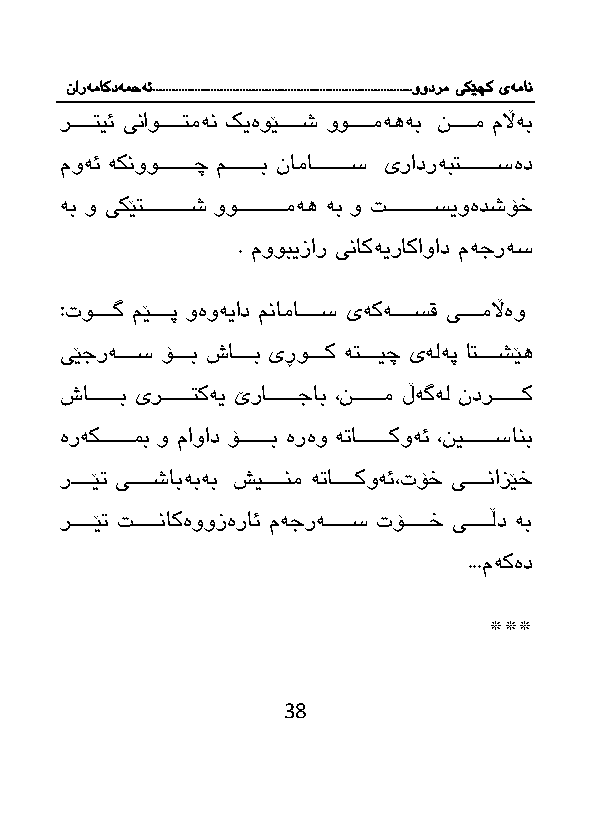
نارەماکدەمحە ئ.................................................................................وودرم یکێچک یەمان
 رااااااتیئ یناوااااااتمەن كیەوێااااااش وواااااامەهەب ناااااام مڵاەب
 موەئ ەكنووااااااااااچ مااااااااااب ناماااااااااااس یرادرەبتااااااااااسەد
 ەب و یكێتاااااااااااااش ووااااااااااااامەه ەب و اااااااااااااسیوەدشۆخ
 . مووبیزار یناكەیراكاواد مەجرەس
 :توااااااگ مێااااااپ وەوەیاد مناماااااااس یەكەااااااسق یاااااامڵاەو
 یێجرەاااااس ۆاااااب شااااااب یڕواااااك ەتااااایچ یەلەپ اتاااااشێه
 شاااااااااب یرااااااااتكەی ێراااااااااجاب ،ناااااااام ڵەگەل ندرااااااااك
 ەرەکااااااااامب و ماواد ۆاااااااااب ەرەو ە ااااااااااكوەئ ،نیاااااااااسانب
 رااااااێ یااااااشابەبەب شیاااااانم ە اااااااكوەئ،تۆخ یاااااانازێخ
 راااااااێ اااااااناکەووزەرائ مەجرەاااااااس تۆاااااااخ یاااااااڵد ەب
 ...مەكەد
 ***
 38